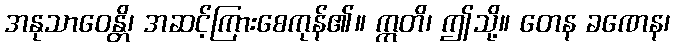
အနုသာဝေန္တိ၊ အဆင့်ကြားစေကုန်၏။ ဣတိ၊ ဤသို့။ တေန ခဏေန၊